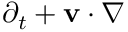
\partial _ { t } + { \bf v } \cdot \nabla